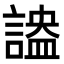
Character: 𧪪